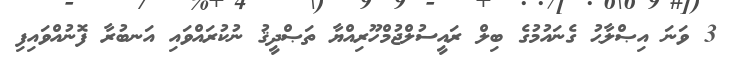
3 ވަނަ އިޞްލާޙު ގެނައުމުގެ ބިލް ރައީސުލްޖުމްހޫރިއްޔާ ތަޞްދީޤު ނުކުރައްވައި އަނބުރާ ފޮނުއްވައިފި